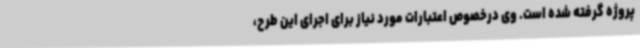
پروژه گرفته شده است. وی درخصوص اعتبارات مورد نیاز برای اجرای این طرح،